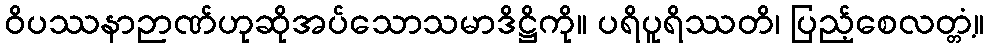
ဝိပဿနာဉာဏ်ဟုဆိုအပ်သောသမာဒိဋ္ဌိကို။ ပရိပူရိဿတိ၊ ပြည့်စေလတ္တံ့။